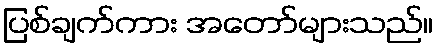
ပြစ်ချက်ကား အတော်များသည်။